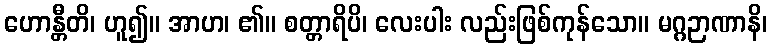
ဟောန္တီတိ၊ ဟူ၍။ အာဟ၊ ၏။ စတ္တာရိပိ၊ လေးပါး လည်းဖြစ်ကုန်သော။ မဂ္ဂဉာဏာနိ၊